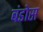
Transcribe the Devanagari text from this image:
बंडोस